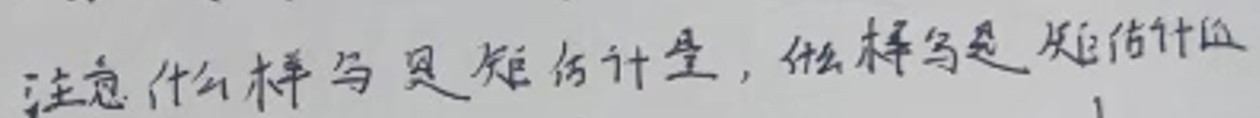
注意什么样与灵矩的计量，什么样与是矩估计值